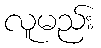
လူမည်း